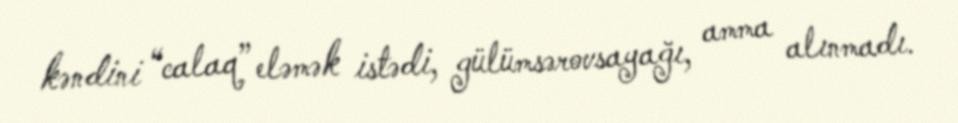
kəndini “calaq” eləmək istədi, gülümsərovsayağı, amma alınmadı.